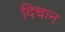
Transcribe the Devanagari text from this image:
दिचान